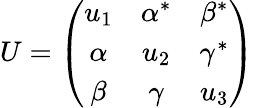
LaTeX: U=\left(\begin{array}{ccc}{{u_{1}}}&{{\alpha^{*}}}&{{\beta^{*}}}\\ {{\alpha}}&{{u_{2}}}&{{\gamma^{*}}}\\ {{\beta}}&{{\gamma}}&{{u_{3}}}\end{array}\right)